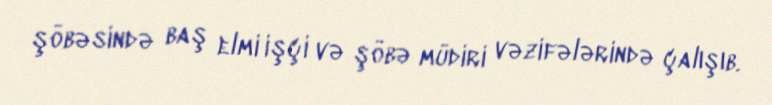
şöbəsində baş elmi işçi və şöbə müdiri vəzifələrində çalışıb.